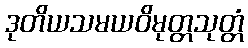
ဒုတိယသမယဝိမုတ္တသုတ္တံ